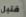
قتيل